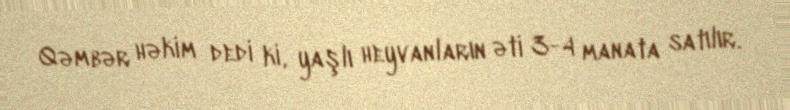
Qəmbər həkim dedi ki, yaşlı heyvanların əti 3-4 manata satılır.